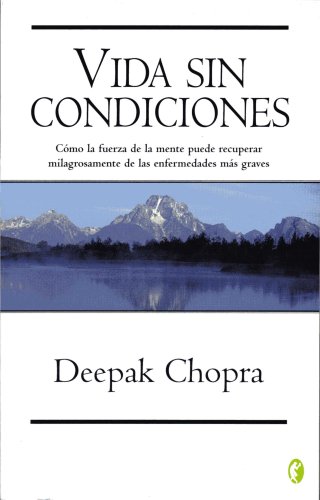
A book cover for VIDA SIN CONDICIONES (Spanish Edition); Chopra; Health, Fitness & Dieting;